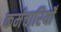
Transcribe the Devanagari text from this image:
कर्मचारियोँ